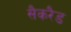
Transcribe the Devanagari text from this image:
सैकरैड